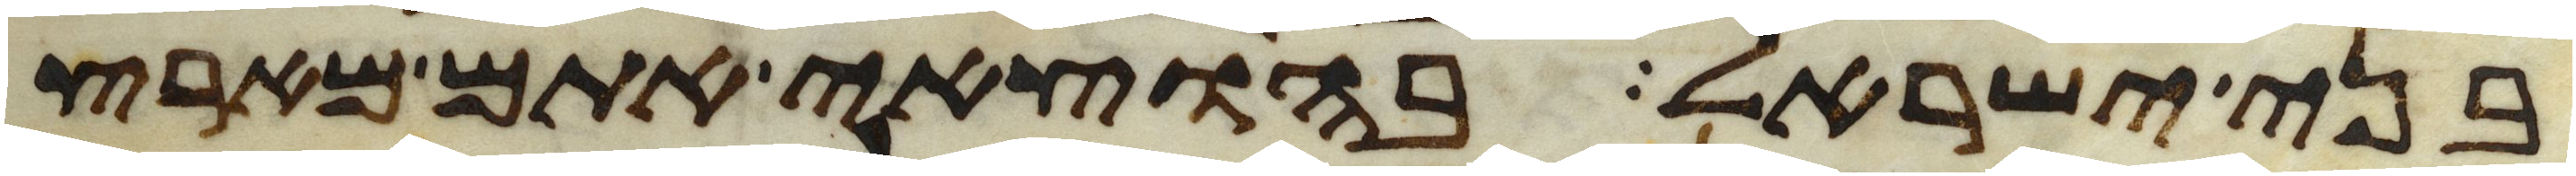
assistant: בני ישראל בהוצאי אתם מארץ